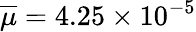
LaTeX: \overline{{\mu}}=4.25\times 10^{-5}